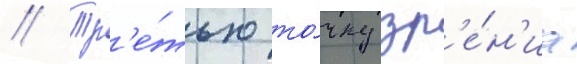
// Тр'е́тью то́чку зр'е́н'иа